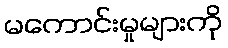
မကောင်းမှုများကို